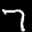
Label: 7